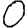
Digit: 0